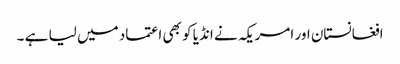
افغانستان اور امریکہ نے انڈیا کو بھی اعتماد میں لیا ہے ۔